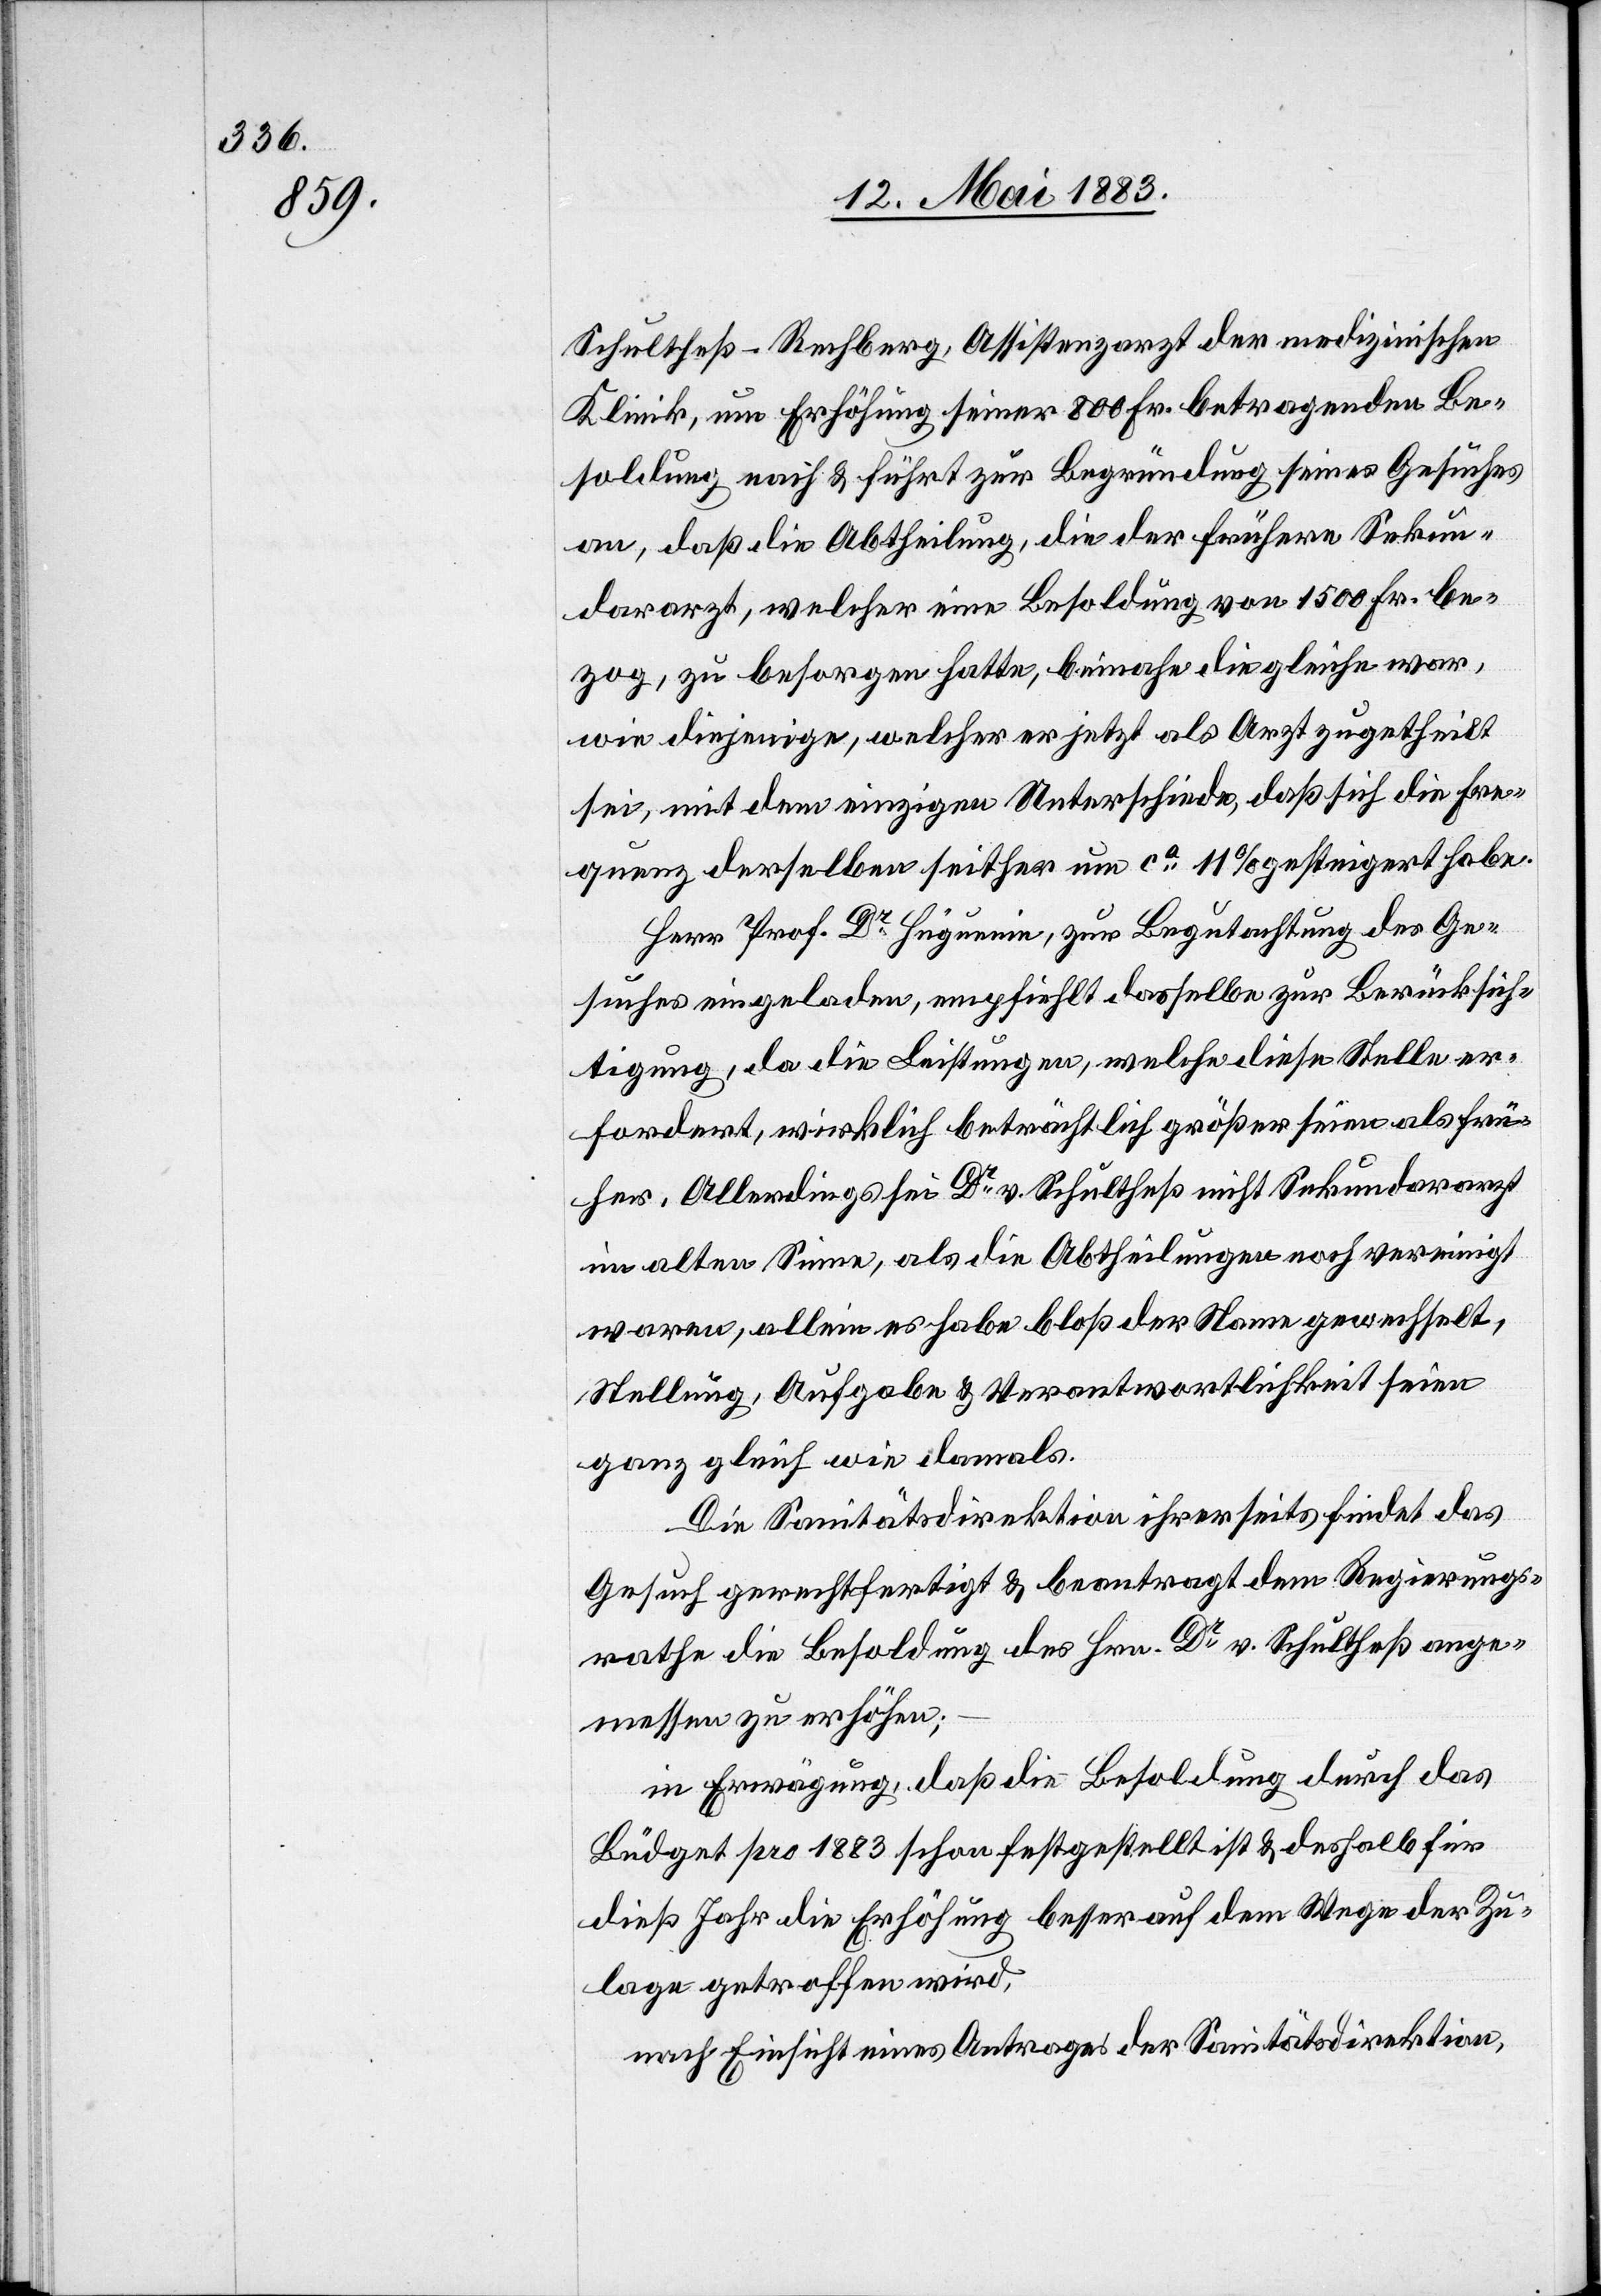
Schultheß-Rechberg, Assistenzarzt der medizinischen
Klinik, um Erhöhung seiner 800 Fr. betragenden Be¬
soldung nach & führt zur Begründung seines Gesuches
an, daß die Abtheilung, die der frühere Sekun¬
dararzt, welcher eine Besoldung von 1500 Fr. be¬
zog, zu besorgen hatte, beinahe die gleiche war,
wie diejenige, welcher er jetzt als Arzt zugetheilt
sei, mit dem einzigen Unterschiede, daß sich die Fre¬
quenz derselben seither um ca 11% gesteigert habe.
Herr Prof. Dr Hüguenin, zur Begutachtung des Ge¬
suches eingeladen, empfiehlt dasselbe zur Berücksich¬
tigung, da die Leistungen, welche diese Stelle er¬
fordert, wirklich beträchtlich größer seien als frü¬
her. Allerdings sei Dr v. Schultheß nicht Sekundararzt
im alten Sinne, als die Abtheilungen noch vereinigt
waren, allein es habe bloß der Name gewechselt,
Stellung, Aufgabe & Verantwortlichkeit seien
ganz gleich wie damals.
Die Sanitätsdirektion ihrerseits findet das
Gesuch gerechtfertigt & beantragt dem Regierungs¬
rathe die Besoldung des Hrn. Dr v. Schultheß ange¬
messen zu erhöhen;
in Erwägung, daß die Besoldung durch das
Büdget pro 1884 schon festgestellt ist & deshalb für
das Jahr die Erhöhung besser auf dem Wege der Zu¬
lage getroffen wird,
nach Einsicht eines Antrages der Sanitätsdirektion,